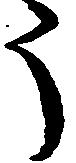
う